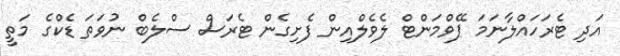
އަދި ޓެރަހައްލާނަމަ ޕޭވްމަންޓް ލެވެލްއިން ފެށިގެން ޓެރަސް ސްލެބް ނުވަތަ ޑެކްގެ މަތީ